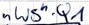
Text: "WS".Q1